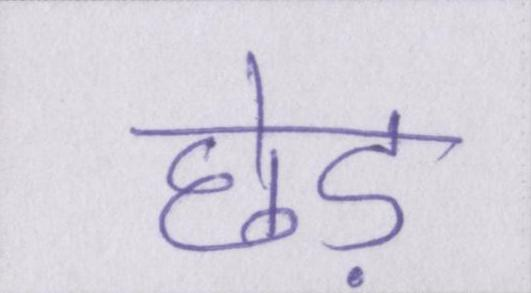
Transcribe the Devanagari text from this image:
छेड़